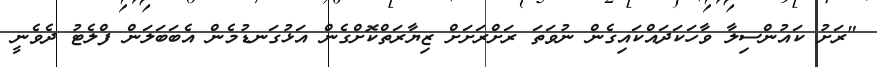
"ރަށު ކައުންސިލާ ވާހަކަދައްކައިގެން ނުވަތަ ރަށްރަށަށް ޒިޔާރަތްކޮށްގެން އަޅުގަނޑުމެން އެބަބަލަން ފްލެޓު ދެވެނީ